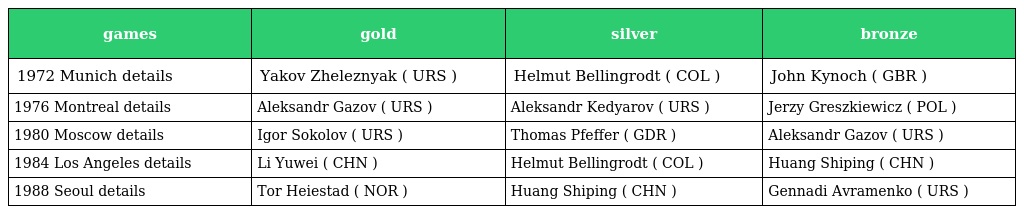
| games | gold | silver | bronze |
 | --- | --- | --- | --- |
 | 1972 Munich details | Yakov Zheleznyak ( URS ) | Helmut Bellingrodt ( COL ) | John Kynoch ( GBR ) |
 | 1976 Montreal details | Aleksandr Gazov ( URS ) | Aleksandr Kedyarov ( URS ) | Jerzy Greszkiewicz ( POL ) |
 | 1980 Moscow details | Igor Sokolov ( URS ) | Thomas Pfeffer ( GDR ) | Aleksandr Gazov ( URS ) |
 | 1984 Los Angeles details | Li Yuwei ( CHN ) | Helmut Bellingrodt ( COL ) | Huang Shiping ( CHN ) |
 | 1988 Seoul details | Tor Heiestad ( NOR ) | Huang Shiping ( CHN ) | Gennadi Avramenko ( URS ) |